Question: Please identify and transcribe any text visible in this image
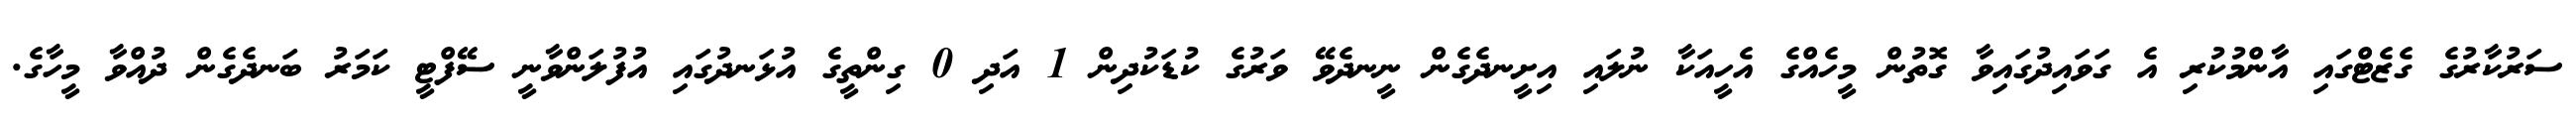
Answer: ސަރުކާރުގެ ގެޒެޓްގައި އާންމުކުރި އެ ގަވައިދުގައިވާ ގޮތުން މީހެއްގެ އެހީއަކާ ނުލައި އިށީނދެގެން ނީނދެވޭ ވަރުގެ ކުޑަކުދިން 1 އަދި 0 ގިންތީގެ އުޅަނދުގައި އުފުލަންވާނީ ސޭފްޓީ ކަމަރު ބަނދެގެން ދުއްވާ މީހާގެ.